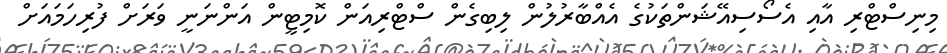
މިނިސްޓްރި އާއި އެސޯސިއޭޝަންތަކުގެ އެއްބާރުލުން ލިބިގެން ސްޓްރިއަން ކޮމިޓީން އަންނަނީ ވަރަށް ފުރިހަމައަށް